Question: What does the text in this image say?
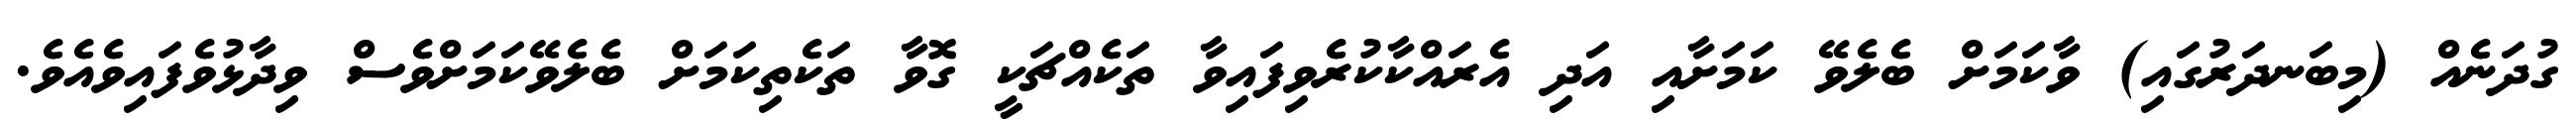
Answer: ގުދަނެއް (މިބަނދަރުގައި) ވާކަމަށް ބެލެވޭ ކަމަށާއި އަދި އެރައްކާކުރެވިފައިވާ ތަކެއްޗަކީ ގޮވާ ތަކެތިކަމަށް ބެލެވޭކަމަށްވެސް ވިދާޅުވެފައިވެއެވެ.